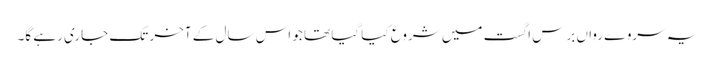
یہ سروے رواں برس اگست میں شروع کیا گیا تھا جو اس سال کے آخر تک جاری رہے گا۔